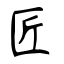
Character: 匠